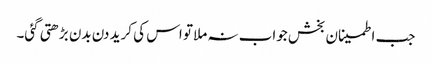
جب اطمینان بخش جواب نہ ملا تو اس کی کرید دن بدن بڑھتی گئی۔